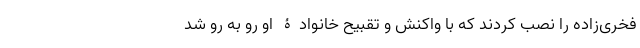
فخری‌زاده را نصب کردند که با واکنش و تقبیح خانوادۀ او رو به رو شد